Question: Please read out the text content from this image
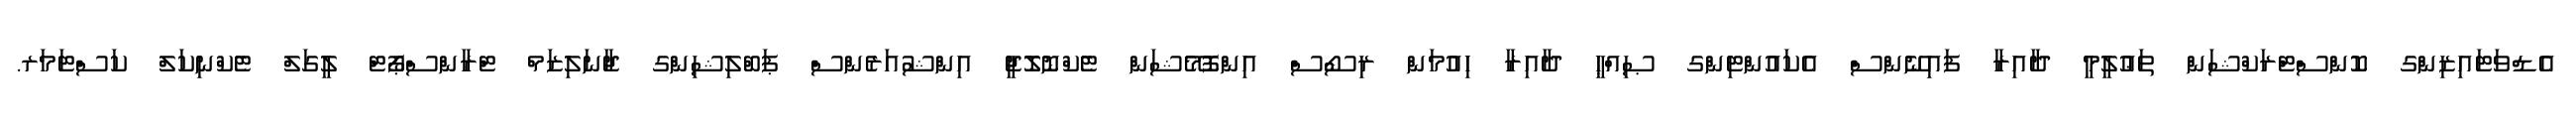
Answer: އެޑްވަޓައިޒިންގ ކޮންސްޓްރަކްޝަން ތަޢުލީމީ ދާއިރާ ފައިނޭންސް އެކައުންޓިންގ ޞިއްޙީ ދާއިރާ ހިއުމަން ރިސޯސް އިންފޮމޭޝަން ޓެކްނޮލޮޖީ އިންޝުއަރެންސް ޕަބްލިޝިންގ ޖާނަލިޒަމް ޓްރާންސްޕޯޓް ލީގަލް ޓެކްނިކަލް ކަސްޓަމަރ.